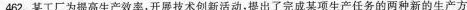
462.某工厂为提高生产效率，开展技术创新活动，提出了完成某项生产任务的两种新的生产方